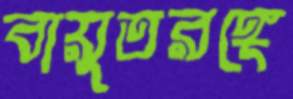
বায়ুতরঙ্গে